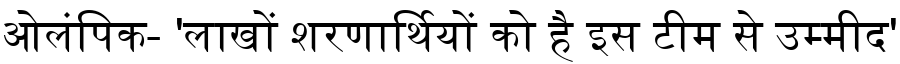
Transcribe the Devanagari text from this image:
ओलंपिक- 'लाखों शरणार्थियों को है इस टीम से उम्मीद'